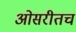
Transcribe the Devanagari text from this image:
ओसरीतच